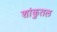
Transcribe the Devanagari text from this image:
शांकुतल